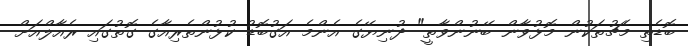
ބޮޑެތި މެޗުތަކުން މޮޅުވާން ބޭނުންވާތީ" ދުނިޔޭގެ އެންމެ އަގުބޮޑު ކުޅުންތެރިއާގެ ގޮތުގައި ރެއާލްއަށް